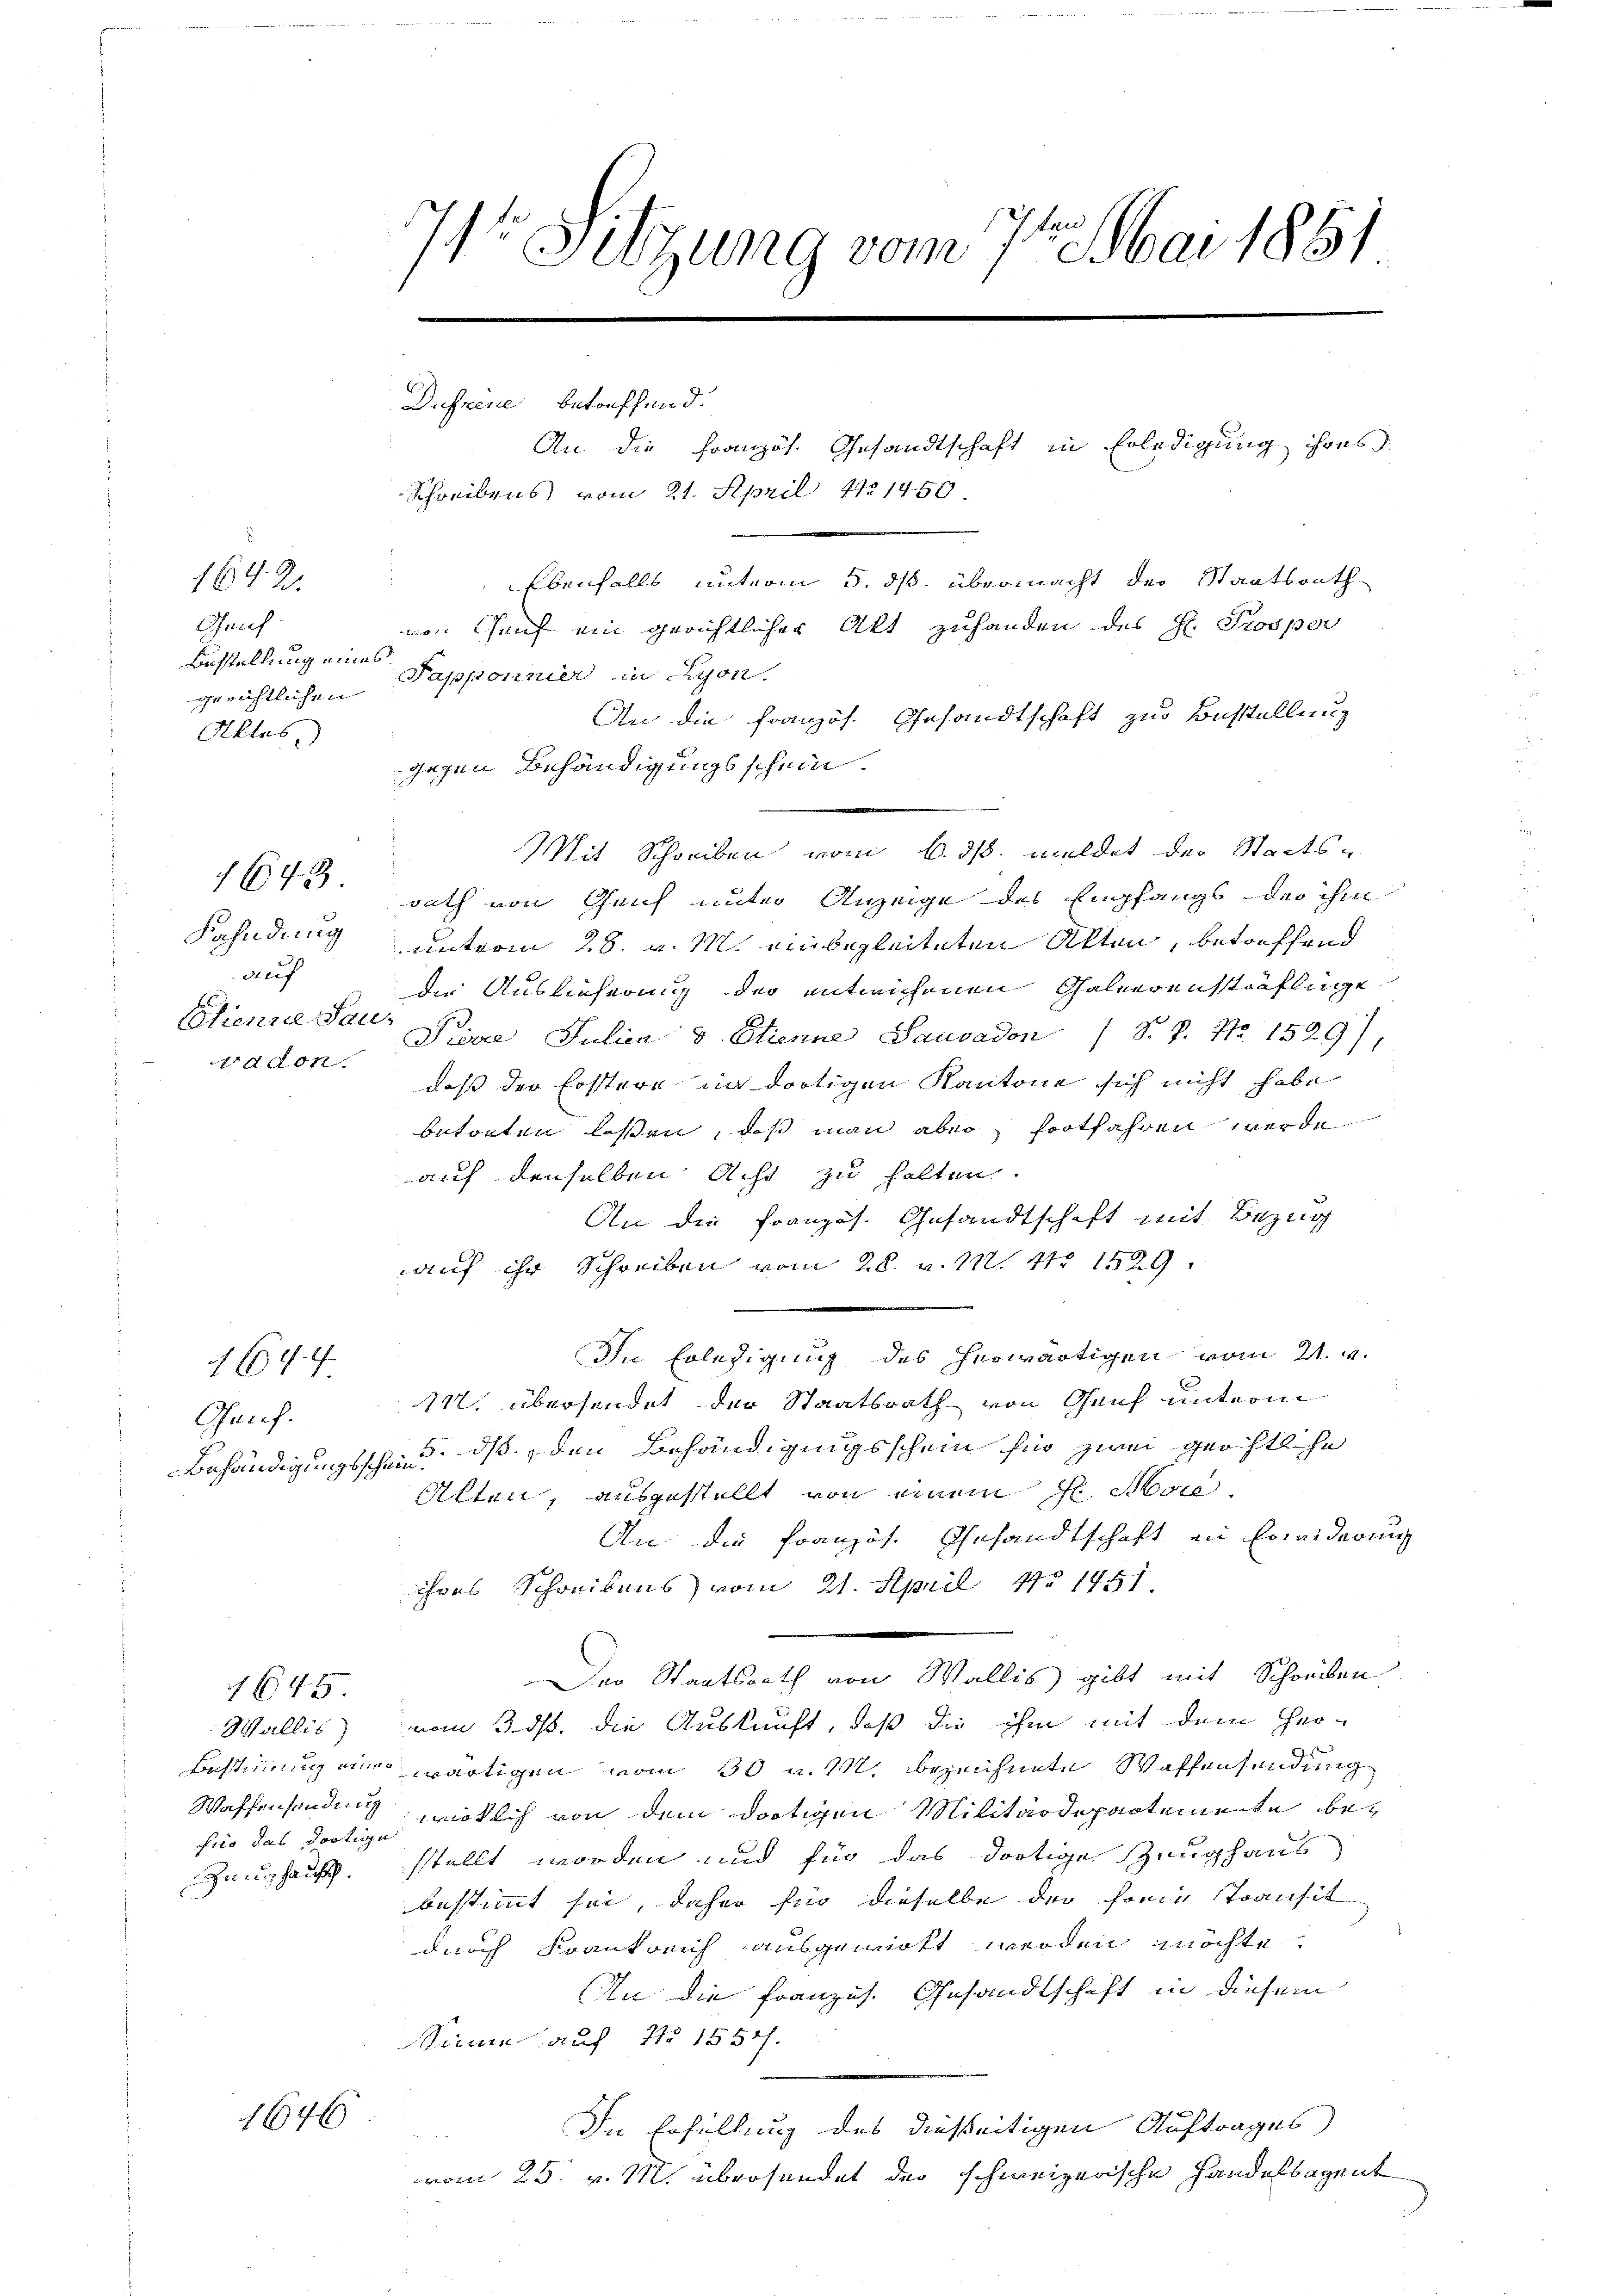
Geich
Bustellung eines
Aktes.

1642.

auf
Clienne Sauadon

4644.

Gauf.

1645

fito das dortige

1646

74. Sitzung vom 7ten Mai 1861
e

An die Französ. Gesandtschaft in Erledigung ihres
Schreibens vom 21. April 191450.
Ebenfalls unterm 5. ds. übermacht der Staatsrath-
von Genf ein gerichtlicher Akt zuhanden des H. Prosper
gerichtlichen Tapponnier in Lyon.
An die Französ. Gesandtschaft zur Bestellung
gegen Behändigungsschein.
Mit Schreiben vom 6. ds. meldet der Staats-
643. Rath von Genf unter Anzeige des Empfangs der ihm
Fahndung unterm 28. v. M. einbegleiteten Akten, betreffend
die Auslieferung der entlichenen Saleerensträflige
Pierre Julien v. Etienne Sauvadon 1 S. P. Nr. 1529),
daß der Erstern in dortigen Kantone sich nicht habe
betonten lassen, daß man aber fortfahren werde
auf denselben Acht zu halten.
An die französ. Gesandtschaft mit Bezug
auf ihr Schreiben vom 28. v. 1. 41. 1529:
In Erledigung des herwärtigen vom 21. v.
112. übersendet der Staatsrath von Genf unterm
Behändigungsschein, dß den Behändigungsschein für zwei geistliche
Alten, ausgestellt, von einen H. More
An die Französ. Gesandtschaft in Erleiderung
ihres Schreibens vom 21. April 1941.
Der Staatsrath von Wallis gibt mit Schreiben
Wallis vom 3. ds. die Auskunft, daß die ihm mit dem Her-
.
Bastung an wärtigen vom 30 v. M. bezeichnete Waffensendung
Waffensendung wirklich von dem dortigen Militärdepartemente be¬
Zeughaus, stellt worden und für das dortige Zeughaus
bestimmt sei, daher für dieselbe der horin Transit
durch Krankreich ausgewirkt werden möchte.
An die Französ. Gesandtschaft in diesem
Sinne auf No 1557/.
In Erfüllung des dießseitigen Auftrages
.
vom 25. v. M. übersendet der schweizerische Handelsagent

Dussene